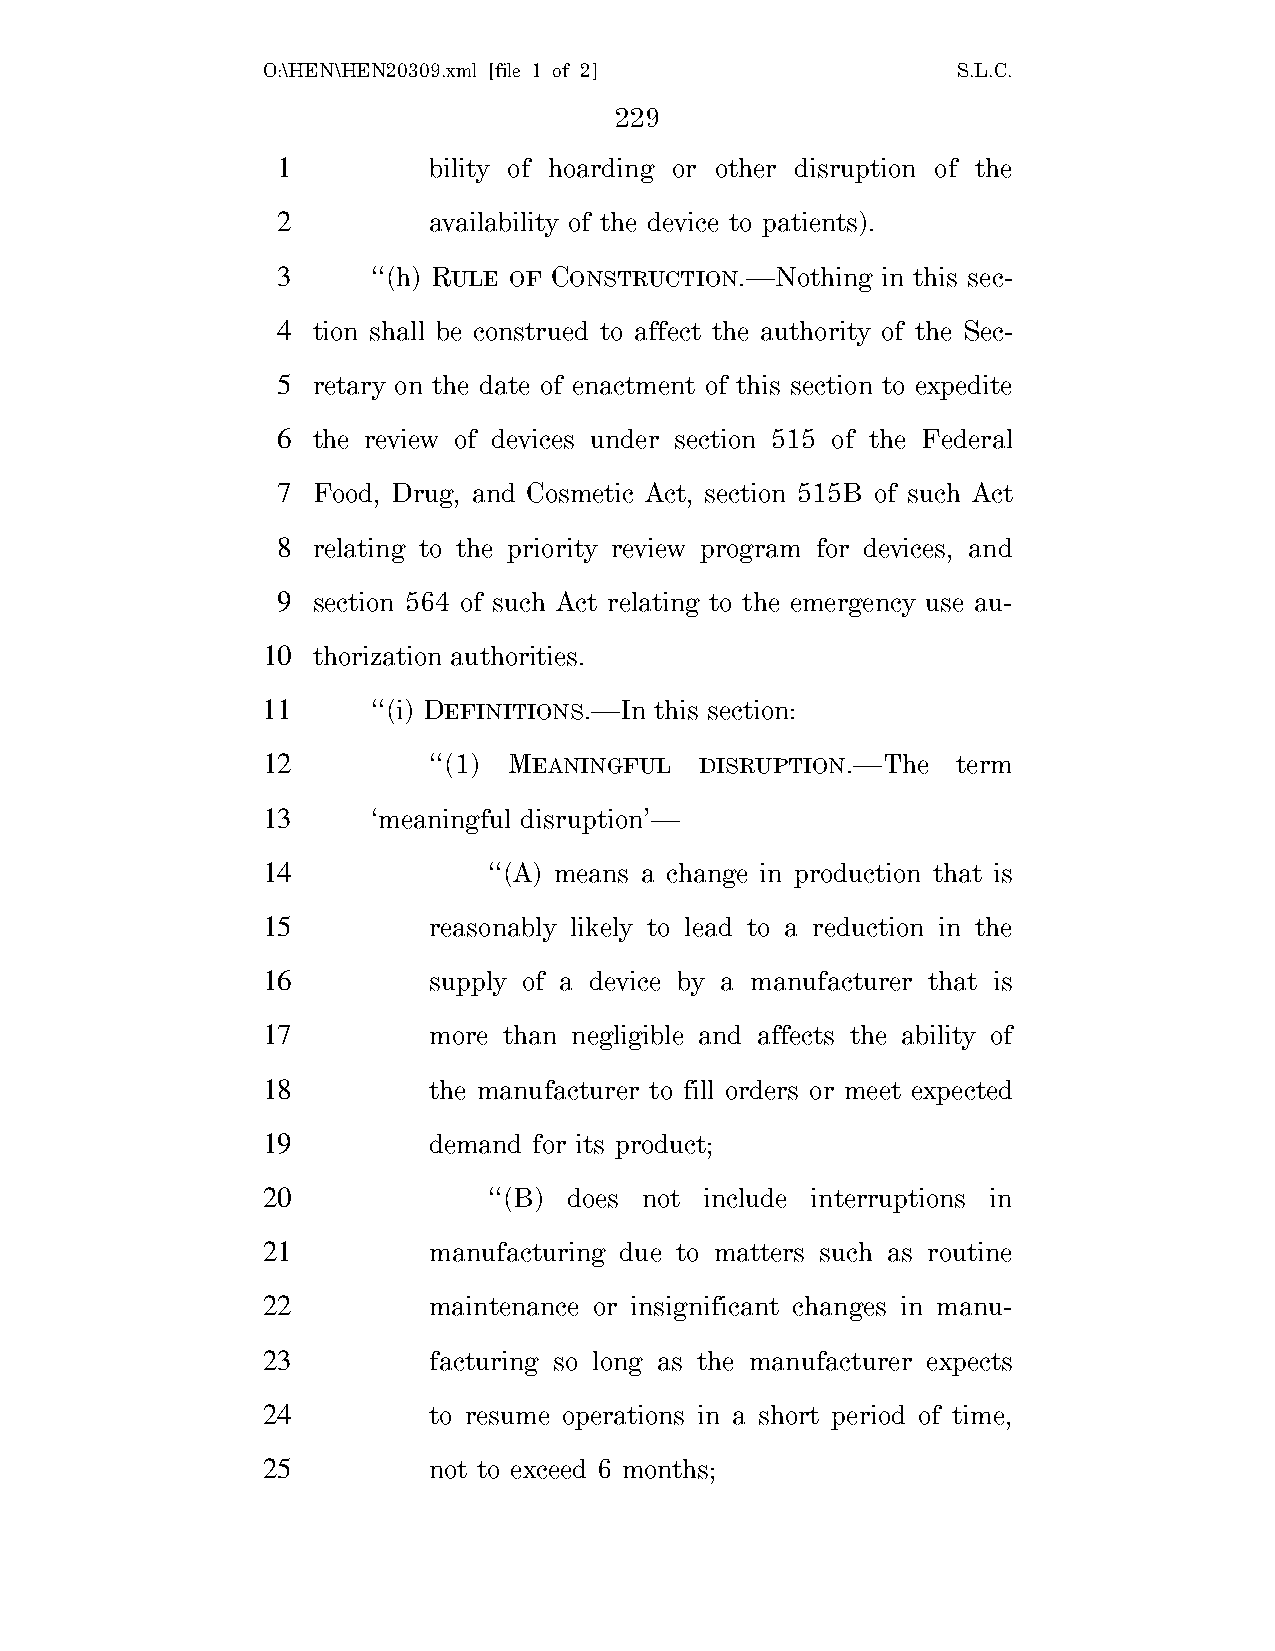
O:\HEN\HEN20309.xml [file 1 of 2]             S.L.C.
 229
 1         bility of hoarding or other disruption of the
 2         availability of the device to patients).
 3      ‘‘(h) RULE OF CONSTRUCTION.—Nothing in this sec-
 4  tion shall be construed to affect the authority of the Sec-
 5  retary on the date of enactment of this section to expedite
 6  the review of devices under section 515 of the Federal
 7  Food, Drug, and Cosmetic Act, section 515B of such Act
 8  relating to the priority review program for devices, and
 9  section 564 of such Act relating to the emergency use au-
 10  thorization authorities.
 11      ‘‘(i) DEFINITIONS.—In this section:
 12         ‘‘(1) MEANINGFUL  DISRUPTION.—The  term
 13      ‘meaningful disruption’—
 14             ‘‘(A) means a change in production that is
 15         reasonably likely to lead to a reduction in the
 16         supply of a device by a manufacturer that is
 17         more than negligible and affects the ability of
 18         the manufacturer to fill orders or meet expected
 19         demand for its product;
 20             ‘‘(B) does not include interruptions in
 21         manufacturing due to matters such as routine
 22         maintenance or insignificant changes in manu-
 23         facturing so long as the manufacturer expects
 24         to resume operations in a short period of time,
 25         not to exceed 6 months;